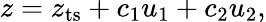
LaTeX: z=z_{\mathrm{ts}}+c_{1}u_{1}+c_{2}u_{2},